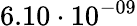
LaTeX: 6.10\cdot 10^{-09}